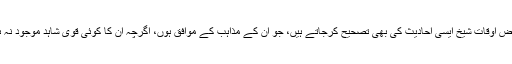
بعض اوقات شیخ ایسی احادیث کی بھی تصحیح کرجاتے ہیں، جو ان کے مذاہب کے موافق ہوں، اگرچہ ان کا کوئی قوی شاہد موجود نہ ہو۔